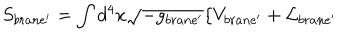
LaTeX: S _ { b r a n e ^ { \prime } } = \int d ^ { 4 } x \sqrt { - g _ { b r a n e ^ { \prime } } } \{ V _ { b r a n e ^ { \prime } } + { \cal L } _ { b r a n e ^ { \prime } }